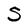
Character: 5